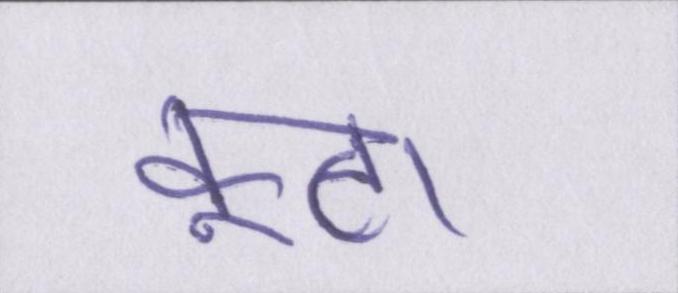
फूटा।